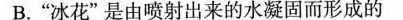
B.”冰花”是由喷射出来的水凝固而形成的